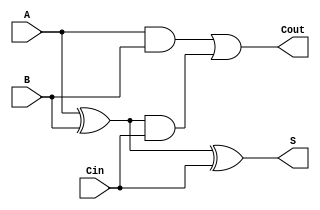
module CarryLookaheadFullAdder (
    input wire A,      // First input bit
    input wire B,      // Second input bit
    input wire Cin,    // Carry-in bit
    output wire S,     // Sum output
    output wire Cout   // Carry-out output
);

    // Internal signals for propagate and generate
    wire P;           // Propagate signal
    wire G;           // Generate signal
    wire C1;          // Intermediate carry output

    // Generate and Propagate signals
    assign P = A ^ B; // P = A XOR B
    assign G = A & B; // G = A AND B

    // Carry output calculation
    assign C1 = G | (P & Cin); // C1 = G + (P AND Cin)

    // Sum output calculation
    assign S = P ^ Cin; // S = P XOR Cin

    // Carry-out output
    assign Cout = C1; // Cout = C1

endmodule